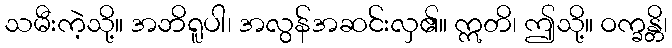
သမီးကဲ့သို့။ အဘိရူပါ၊ အလွန်အဆင်းလှ၏။ ဣတိ၊ ဤသို့။ ဝက္ခန္တိ၊